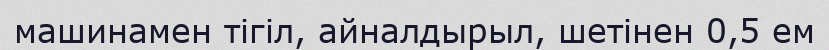
машинамен тігіл, айналдырыл, шетінен 0,5 ем